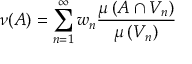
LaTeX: \nu ( A ) = \sum _ { n = 1 } ^ { \infty } w _ { n } { \frac { \mu \left( A \cap V _ { n } \right) } { \mu \left( V _ { n } \right) } }